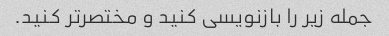
جمله زیر را بازنویسی کنید و مختصرتر کنید.